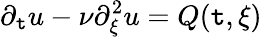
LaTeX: \partial_{\mathtt{t}}u-\nu\partial_{\xi}^{2}u=Q(\mathtt{t},\xi)